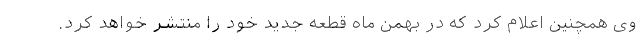
وی همچنین اعلام کرد که در بهمن ماه قطعه جدید خود را منتشر خواهد کرد.